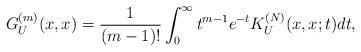
LaTeX: \begin{align*}G_U^{(m)}(x,x)=\frac{1}{(m-1)!}\int_0^{\infty}t^{m-1}e^{-t}K_U^{(N)}(x,x;t)dt,\end{align*}